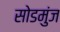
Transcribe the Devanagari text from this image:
सोडमुंज